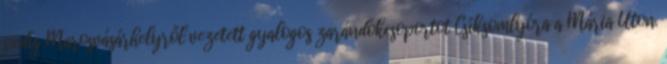
pedig Marosvásárhelyről vezetett gyalogos zarándokcsoportot Csíksomlyóra a Mária Úton.